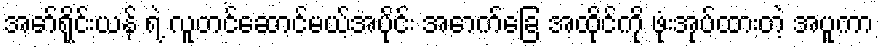
အော်ရိုင်းယန် ရဲ့ လူတင်ဆောင်မယ့်အပိုင်း အောက်ခြေ အထိုင်ကို ဖုံးအုပ်ထားတဲ့ အပူကာ